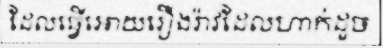
ដែលធ្វើអោយរឿងរ៉ាវដែលហាក់ដួច